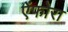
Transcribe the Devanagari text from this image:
ऐंफोरा